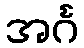
အင်္ဂ